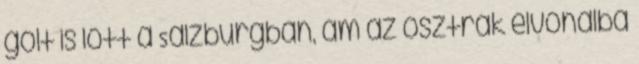
gólt is lőtt a Salzburgban, ám az osztrák élvonalba